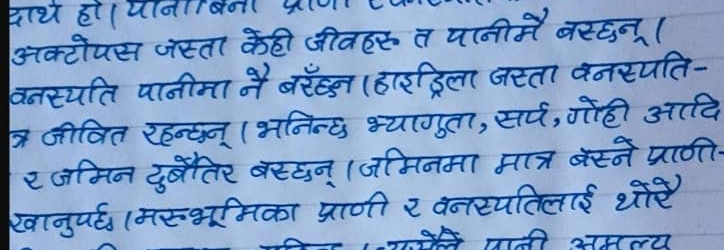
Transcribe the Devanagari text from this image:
अक्टोपस जस्ता केही जीवहरू त पानीमै बस्छन्‌।
वनस्पति पानीमा नै बस्छन् (हाइद्रिला जस्ता वनस्पति-
त्र जीवित रहन्छन्‌। (भनिन्छ भ्यागुता, सर्प, गोही आदि
र जमिन दुबैतिर बस्छन्‌। (जमिनमा मात्र बस्ने प्राणी-
खानुपर्छ। (मरुभूूमिका प्राणी र वनस्पतिलाई थोरै